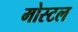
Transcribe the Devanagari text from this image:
मोस्टल